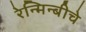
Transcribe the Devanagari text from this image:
रेन्मिन्बीचे